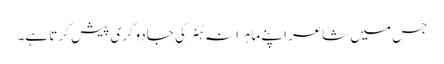
جس میں شاعر اپنے ماہرانہ ہُنر کی جادوگری پیش کرتا ہے۔